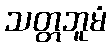
သတ္တဘူမံ